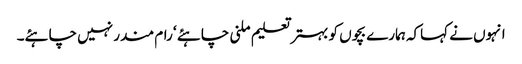
انہوں نے کہاکہ ہمارے بچوں کو بہتر تعلیم ملنی چاہئے ‘ رام مندر نہیں چاہئے۔